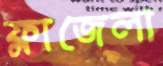
ফ্লাজেলা